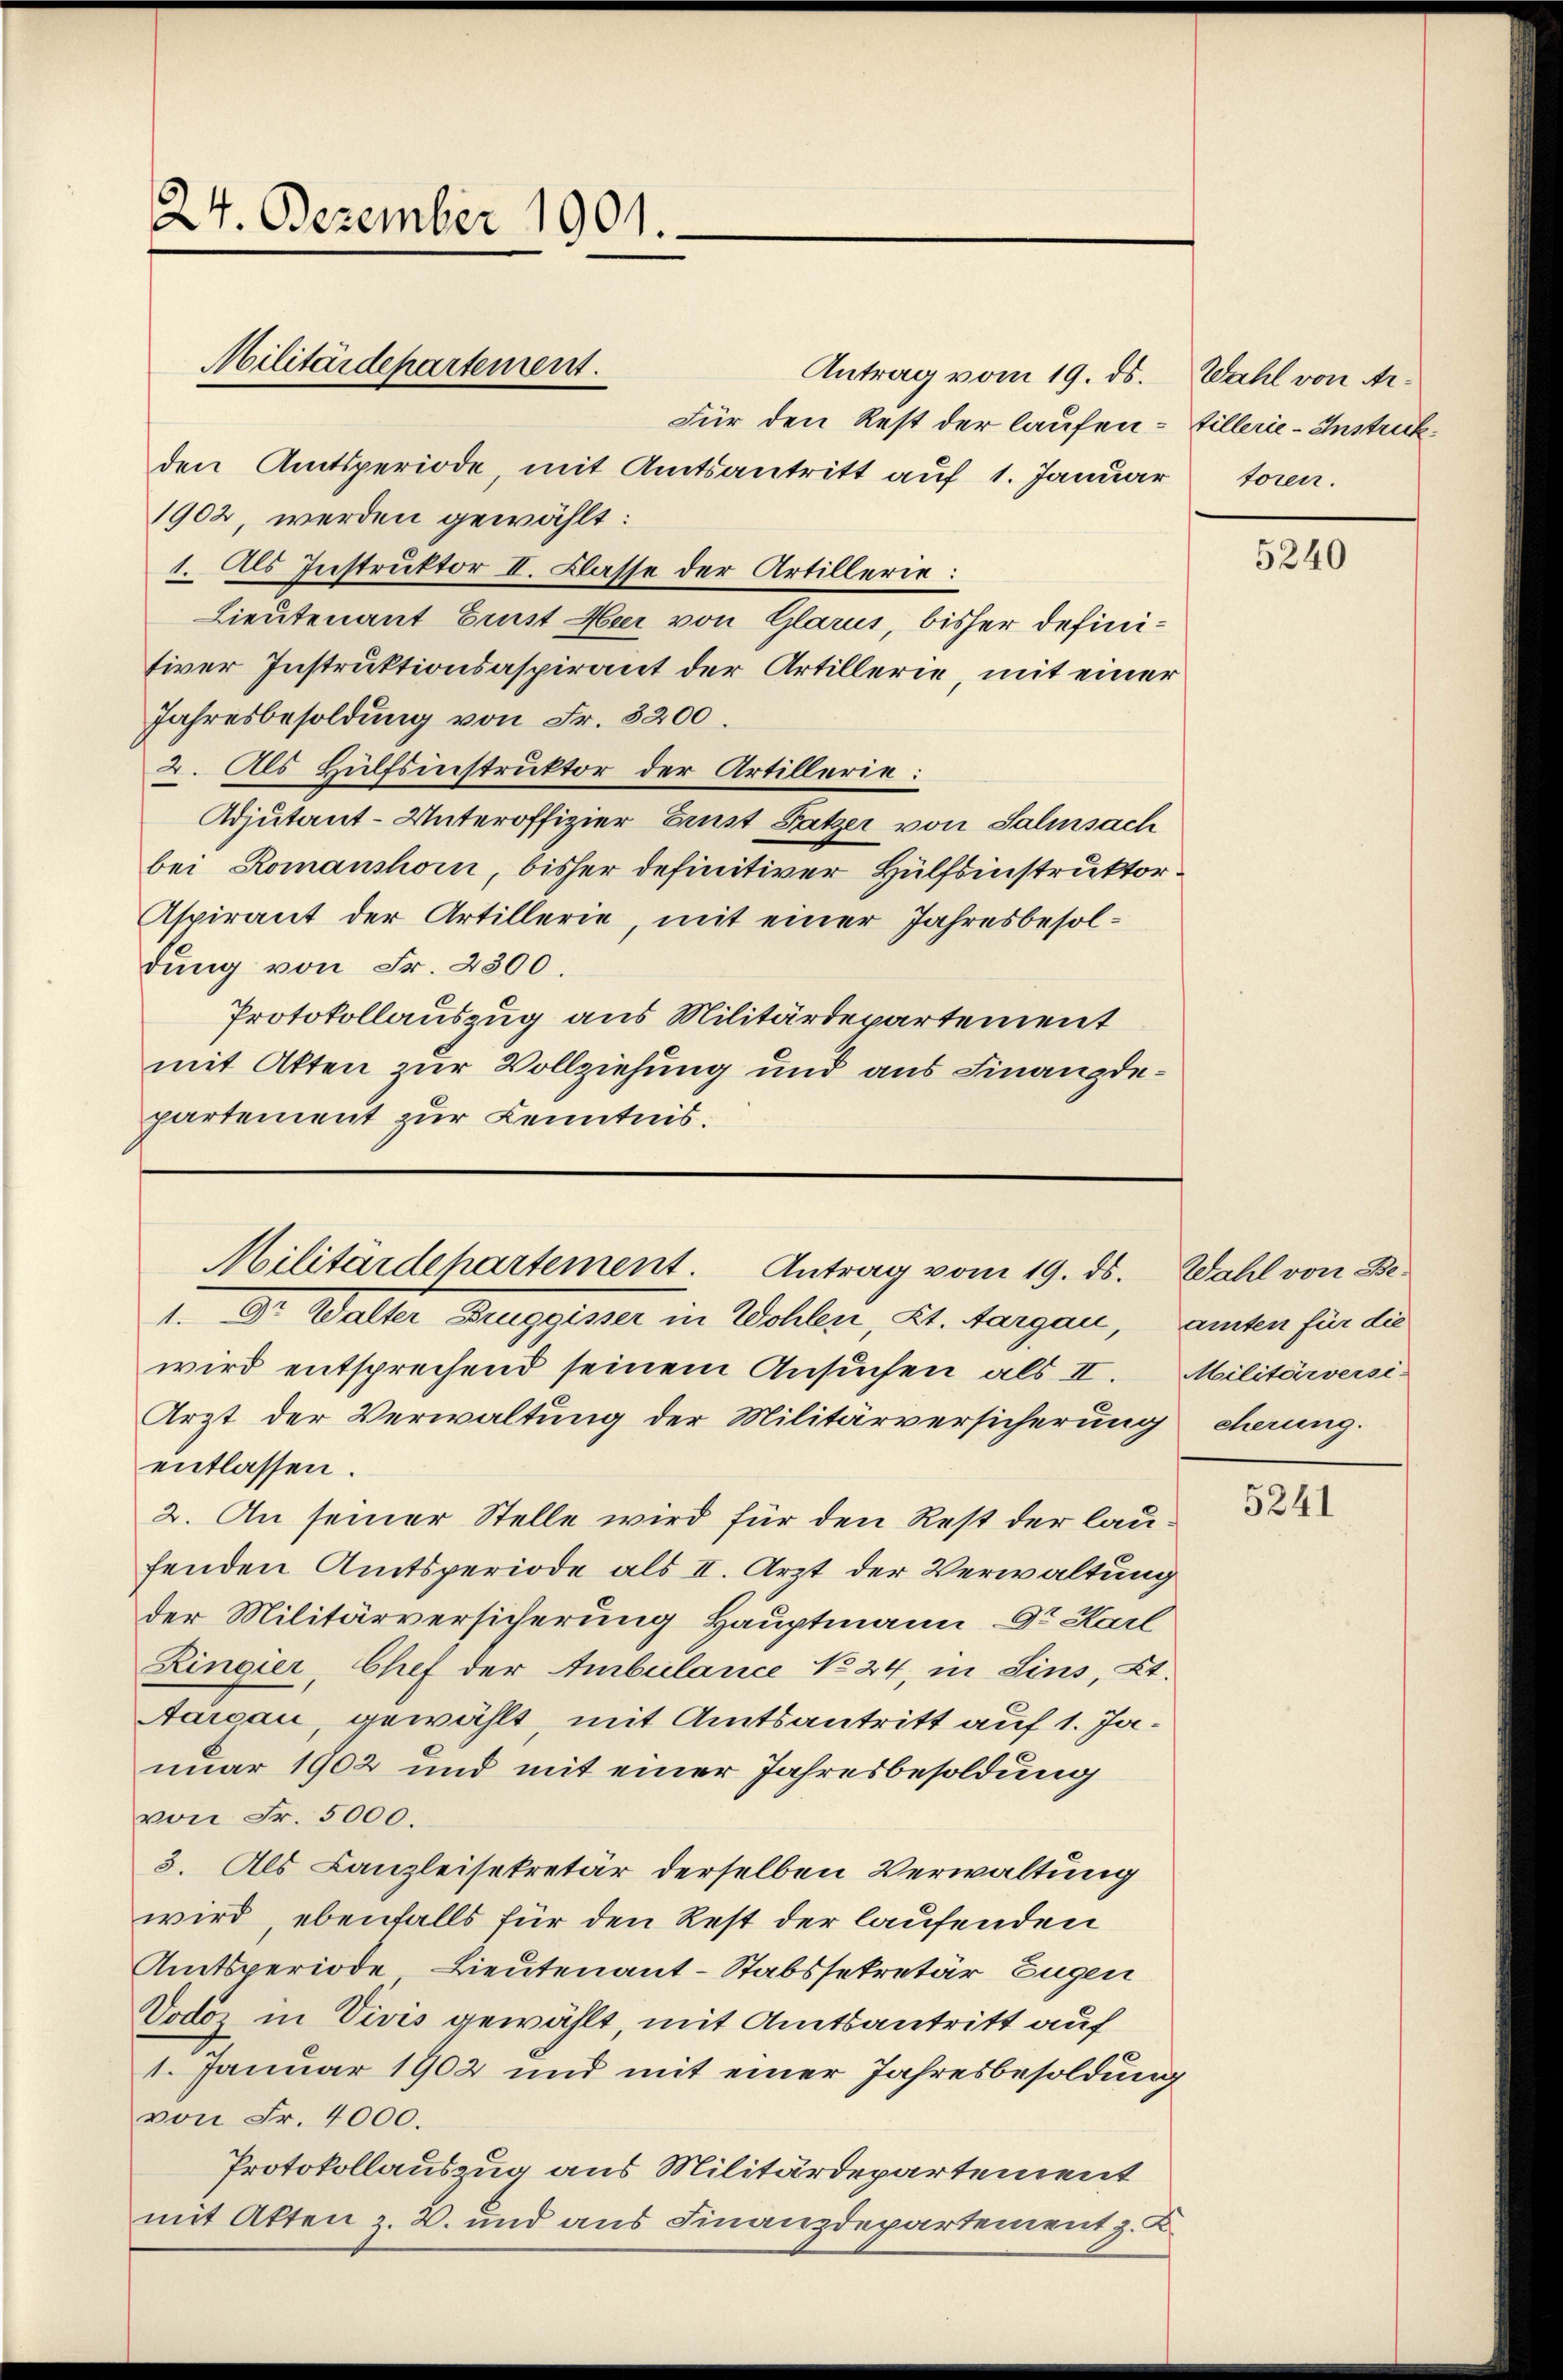
Für den Rest der laufen - Zillerie-Instrukden Amtsperiode, mit Amtsantritt auf 1. Januar
1902 werden gewählt:
1. Als Instruktor II. Classe der Artillerie:
Lieutenant Ernst Heer von Glarus, bisher definitiver Instruktionsaspirant der Artillerie, mit einer
Jahresbesoldung von Fr. 3200.
2. Als Hülfsinstruktor der Artillerie:
Adjutant-Unteroffizier Ernst Satzer von Salisach
bei Romanshorn, bisher definitiver Hülfsinstruktor¬
Aspirant der Artillerie, mit einer Jahresbesoldung von Fr. 2300.
Protokollauszug aus Militärdepartement
mit Atten zur Vollziehung und aus Finanzdepartement zur Kenntnis.

24. Dezember 1901.

Militärdepartement.

. Dr. Walter Beuggisser in Wohlen, Kt. Aargau, amten für die
wird entsprechend seinem Ansuchen als II.
Arzt der Verwaltung der Militärversicherung eherung.
entlassen.
2. An seiner Stelle wird für den Rest der laufenden Amtsperiode als II. Arzt der Verwaltung
der Militärversicherung Hauptmann Dr. Karl
Ringier, Chef der Ambulance No 24, in Sins, Kt.
Aargau, gewählt, mit Amtsantritt auf 1. Januar 1902 und mit einer Jahresbesoldung
von Fr. 5000.
3. Als Canzleisekretär derselben Verwaltung
wird, ebenfalls für den Rest der laufenden
Amtsperiode, Lieutenant-Stabssekretär Eugen
Vodoz in Vivis gewählt, mit Amtsantritt auf
1. Januar 1902 und mit einer Jahresbesoldung
von Fr. 4000.
Protokollauszug aus Militärdepartement
mit Akten z. B. und aus Finanzdepartement z. K.

Militärdehartement. Antrag vom 19. ds.

Antrag vom 19. ds. Wahl von Ar¬

toren.

5240

Wahl von Be¬
Militärversi-

5241